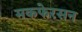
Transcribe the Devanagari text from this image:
मकफेरसन